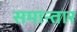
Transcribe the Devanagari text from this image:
समान्तार